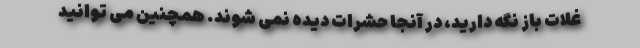
غلات باز نگه دارید، در آنجا حشرات دیده نمی شوند. همچنین می توانید